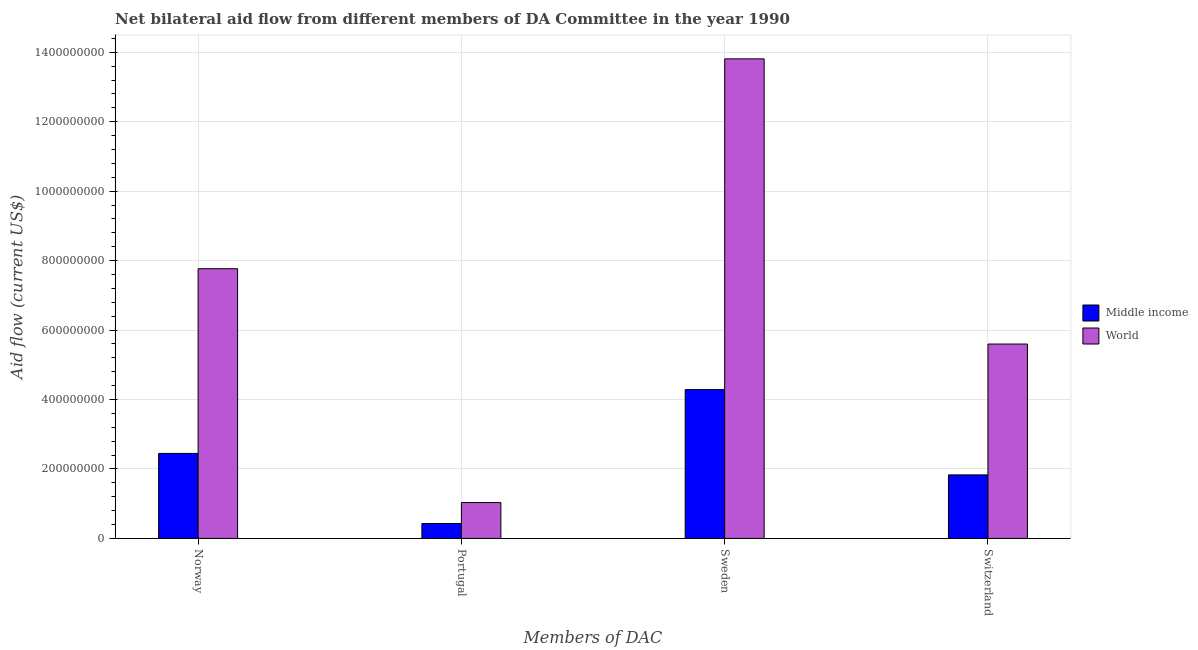
| Members of DAC | Middle income | World |
 | --- | --- | --- |
 | Norway | 2.45e+08 | 7.77e+08 |
 | Portugal | 4.29e+07 | 1.03e+08 |
 | Sweden | 4.29e+08 | 1.38e+09 |
 | Switzerland | 1.83e+08 | 5.6e+08 |